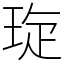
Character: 琁